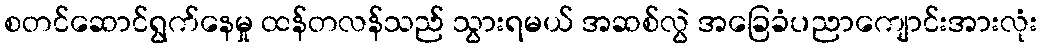
စတင်ဆောင်ရွက်နေမှု ထန်တလန်သည် သွားရမယ် အဆစ်လွဲ အခြေခံပညာကျောင်းအားလုံး